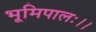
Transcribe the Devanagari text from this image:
भूमिपालः।।